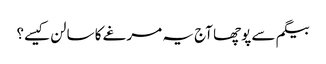
بیگم سے پوچھا آج یہ مرغے کا سالن کیسے؟